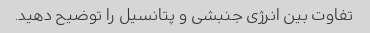
تفاوت بین انرژی جنبشی و پتانسیل را توضیح دهید.